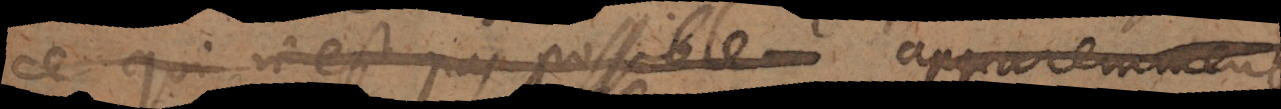
ce qui n’est pas possible apparemment